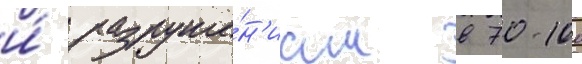
и́ разруше́н'иам в 70-100